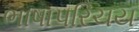
ભાષાપરિચય